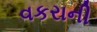
વકરાની